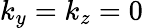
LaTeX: k_{y}=k_{z}=0